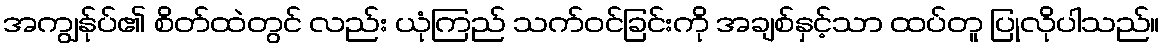
အကျွန်ုပ်၏ စိတ်ထဲတွင် လည်း ယုံကြည် သက်ဝင်ခြင်းကို အချစ်နှင့်သာ ထပ်တူ ပြုလိုပါသည်။